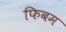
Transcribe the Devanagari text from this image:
फिबम